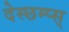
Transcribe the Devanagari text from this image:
देस्छम्प्स्